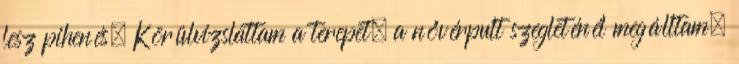
lesz pihenés. Körülvizslattam a terepet, a nővérpult szegleténél megálltam,